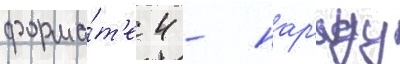
форма́т'е 4 - нар'яду